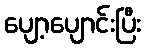
ပျော့ပျောင်းပြီး